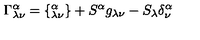
\Gamma _ { \lambda \nu } ^ { \alpha } = \{ _ { \lambda \nu } ^ { \alpha } \} + S ^ { \alpha } g _ { \lambda \nu } - S _ { \lambda } \delta _ { \nu } ^ { \alpha }